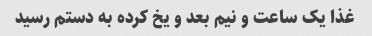
غذا یک ساعت و نیم بعد و یخ کرده به دستم رسید